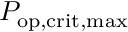
P _ { \mathrm { o p , c r i t , m a x } }